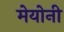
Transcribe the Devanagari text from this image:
मेयोनी